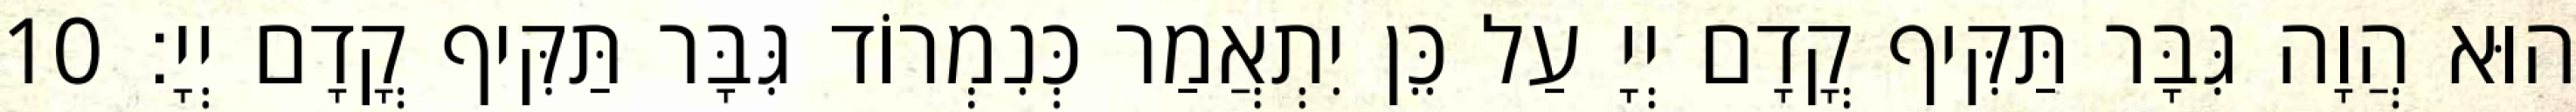
הוּא הֲוָה גִּבָּר תַּקִּיף קֳדָם יְיָ עַל כֵּן יִתְאֲמַר כְּנִמְרוֹד גִּבָּר תַּקִּיף קֳדָם יְיָ׃ 10